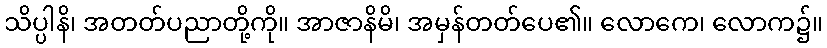
သိပ္ပါနိ၊ အတတ်ပညာတို့ကို။ အာဇာနိမိ၊ အမှန်တတ်ပေ၏။ လောကေ၊ လောက၌။